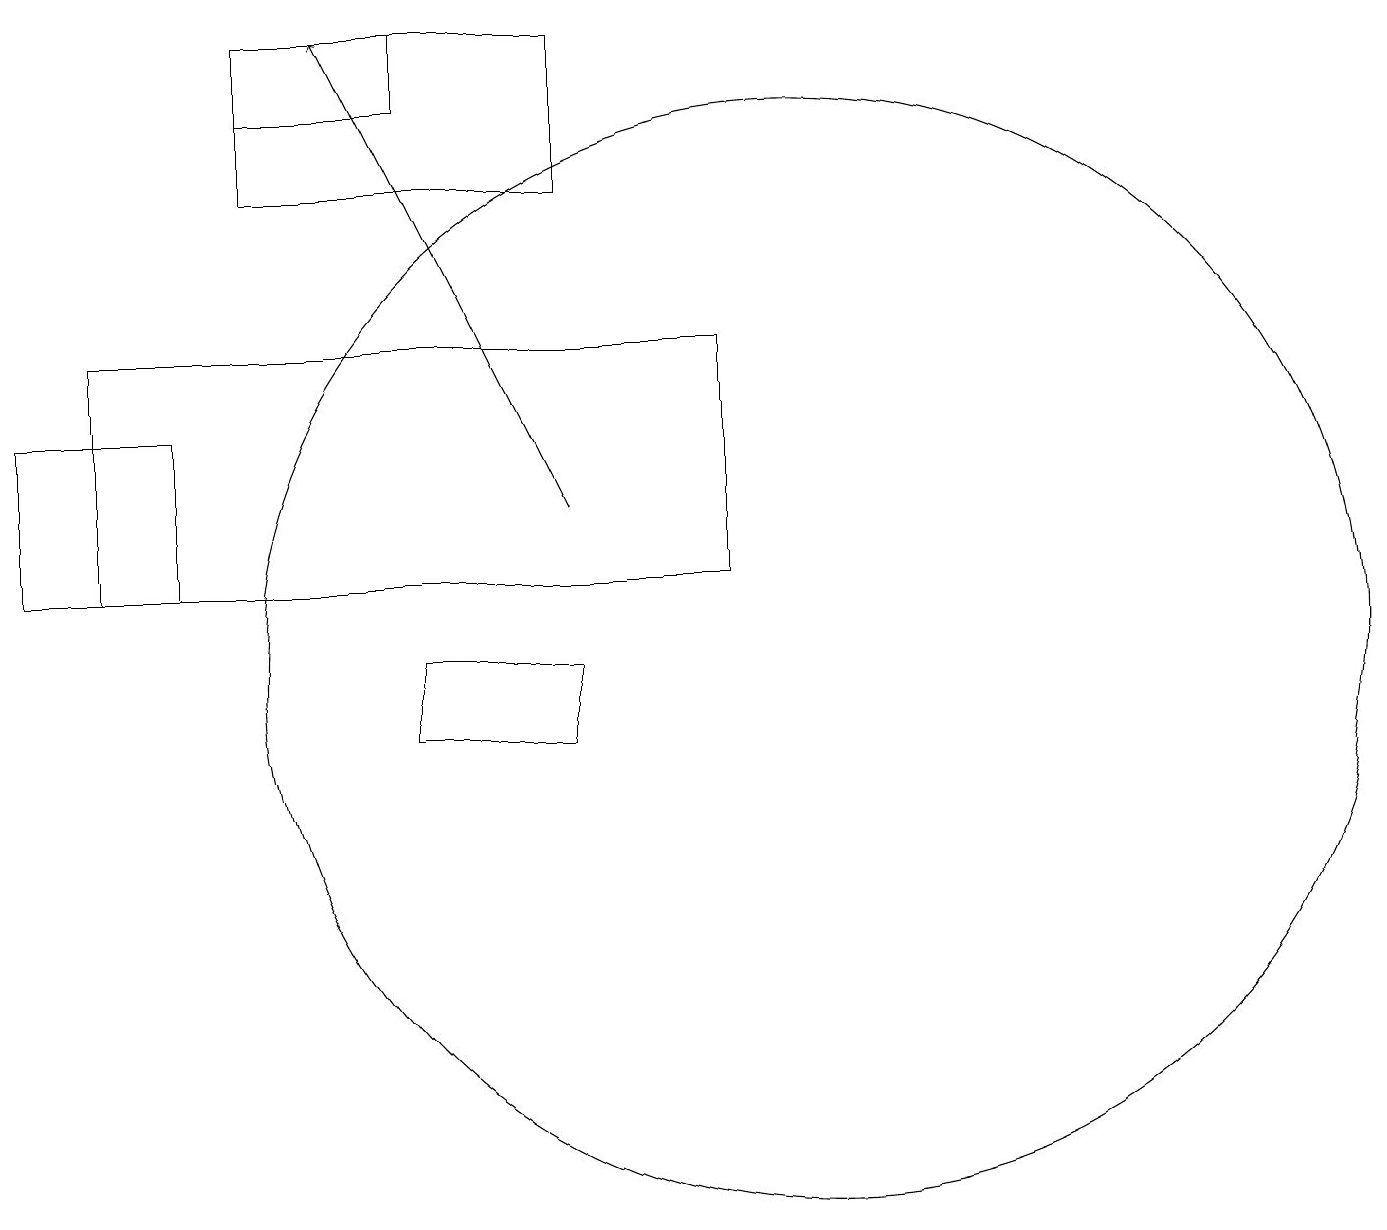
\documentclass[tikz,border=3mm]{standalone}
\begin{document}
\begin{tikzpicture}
\draw (7,17) rectangle (3,19);
\draw (5,10) rectangle (7,11);
\draw[->] (7,13) -- (4,19);
\draw (5,18) rectangle (3,19);
\draw (9,15) rectangle (1,12);
\draw (10,11) circle (7);
\draw (2,14) rectangle (0,12);
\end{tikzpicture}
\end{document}